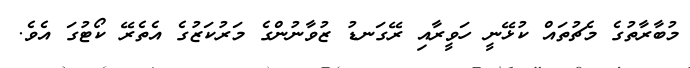
މުބާރާތުގެ މެޗުތައް ކުޅޭނީ ހަވީރާއި ރޭގަނޑު ޒުވާނުންގެ މަރުކަޒުގެ އެތެރޭ ކޯޓުގަ އެވެ.